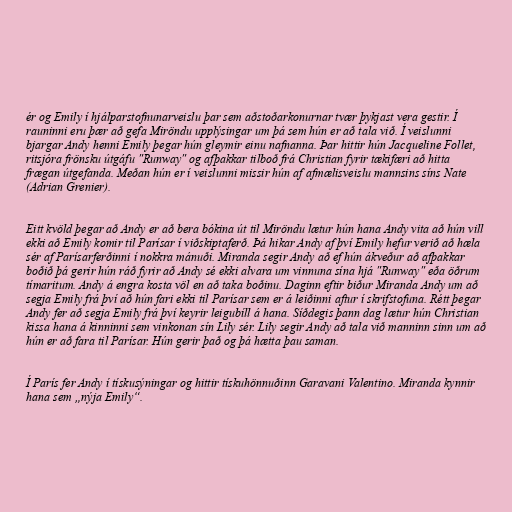
ér og Emily í hjálparstofnunarveislu þar sem aðstoðarkonurnar tvær þykjast vera gestir. Í
rauninni eru þær að gefa Miröndu upplýsingar um þá sem hún er að tala við. Í veislunni
bjargar Andy henni Emily þegar hún gleymir einu nafnanna. Þar hittir hún Jacqueline Follet,
ritsjóra frönsku útgáfu "Runway" og afþakkar tilboð frá Christian fyrir tækifæri að hitta
frægan útgefanda. Meðan hún er í veislunni missir hún af afmælisveislu mannsins síns Nate
(Adrian Grenier).

Eitt kvöld þegar að Andy er að bera bókina út til Miröndu lætur hún hana Andy vita að hún vill
ekki að Emily komir til Parísar í viðskiptaferð. Þá hikar Andy af því Emily hefur verið að hæla
sér af Parísarferðinni í nokkra mánuði. Miranda segir Andy að ef hún ákveður að afþakkar
boðið þá gerir hún ráð fyrir að Andy sé ekki alvara um vinnuna sína hjá "Runway" eða öðrum
tímaritum. Andy á engra kosta völ en að taka boðinu. Daginn eftir biður Miranda Andy um að
segja Emily frá því að hún fari ekki til Parísar sem er á leiðinni aftur í skrifstofuna. Rétt þegar
Andy fer að segja Emily frá því keyrir leigubíll á hana. Síðdegis þann dag lætur hún Christian
kissa hana á kinninni sem vinkonan sín Lily sér. Lily segir Andy að tala við manninn sinn um að
hún er að fara til Parísar. Hún gerir það og þá hætta þau saman.

Í París fer Andy í tískusýningar og hittir tískuhönnuðinn Garavani Valentino. Miranda kynnir
hana sem „nýja Emily“.